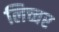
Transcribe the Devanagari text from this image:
लिच्चर